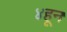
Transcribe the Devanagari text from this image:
४हून